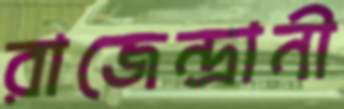
রাজেন্দ্রানী